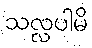
သလ္လပါမိ